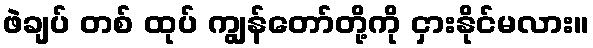
ဖဲချပ် တစ် ထုပ် ကျွန်တော်တို့ကို ငှားနိုင်မလား။